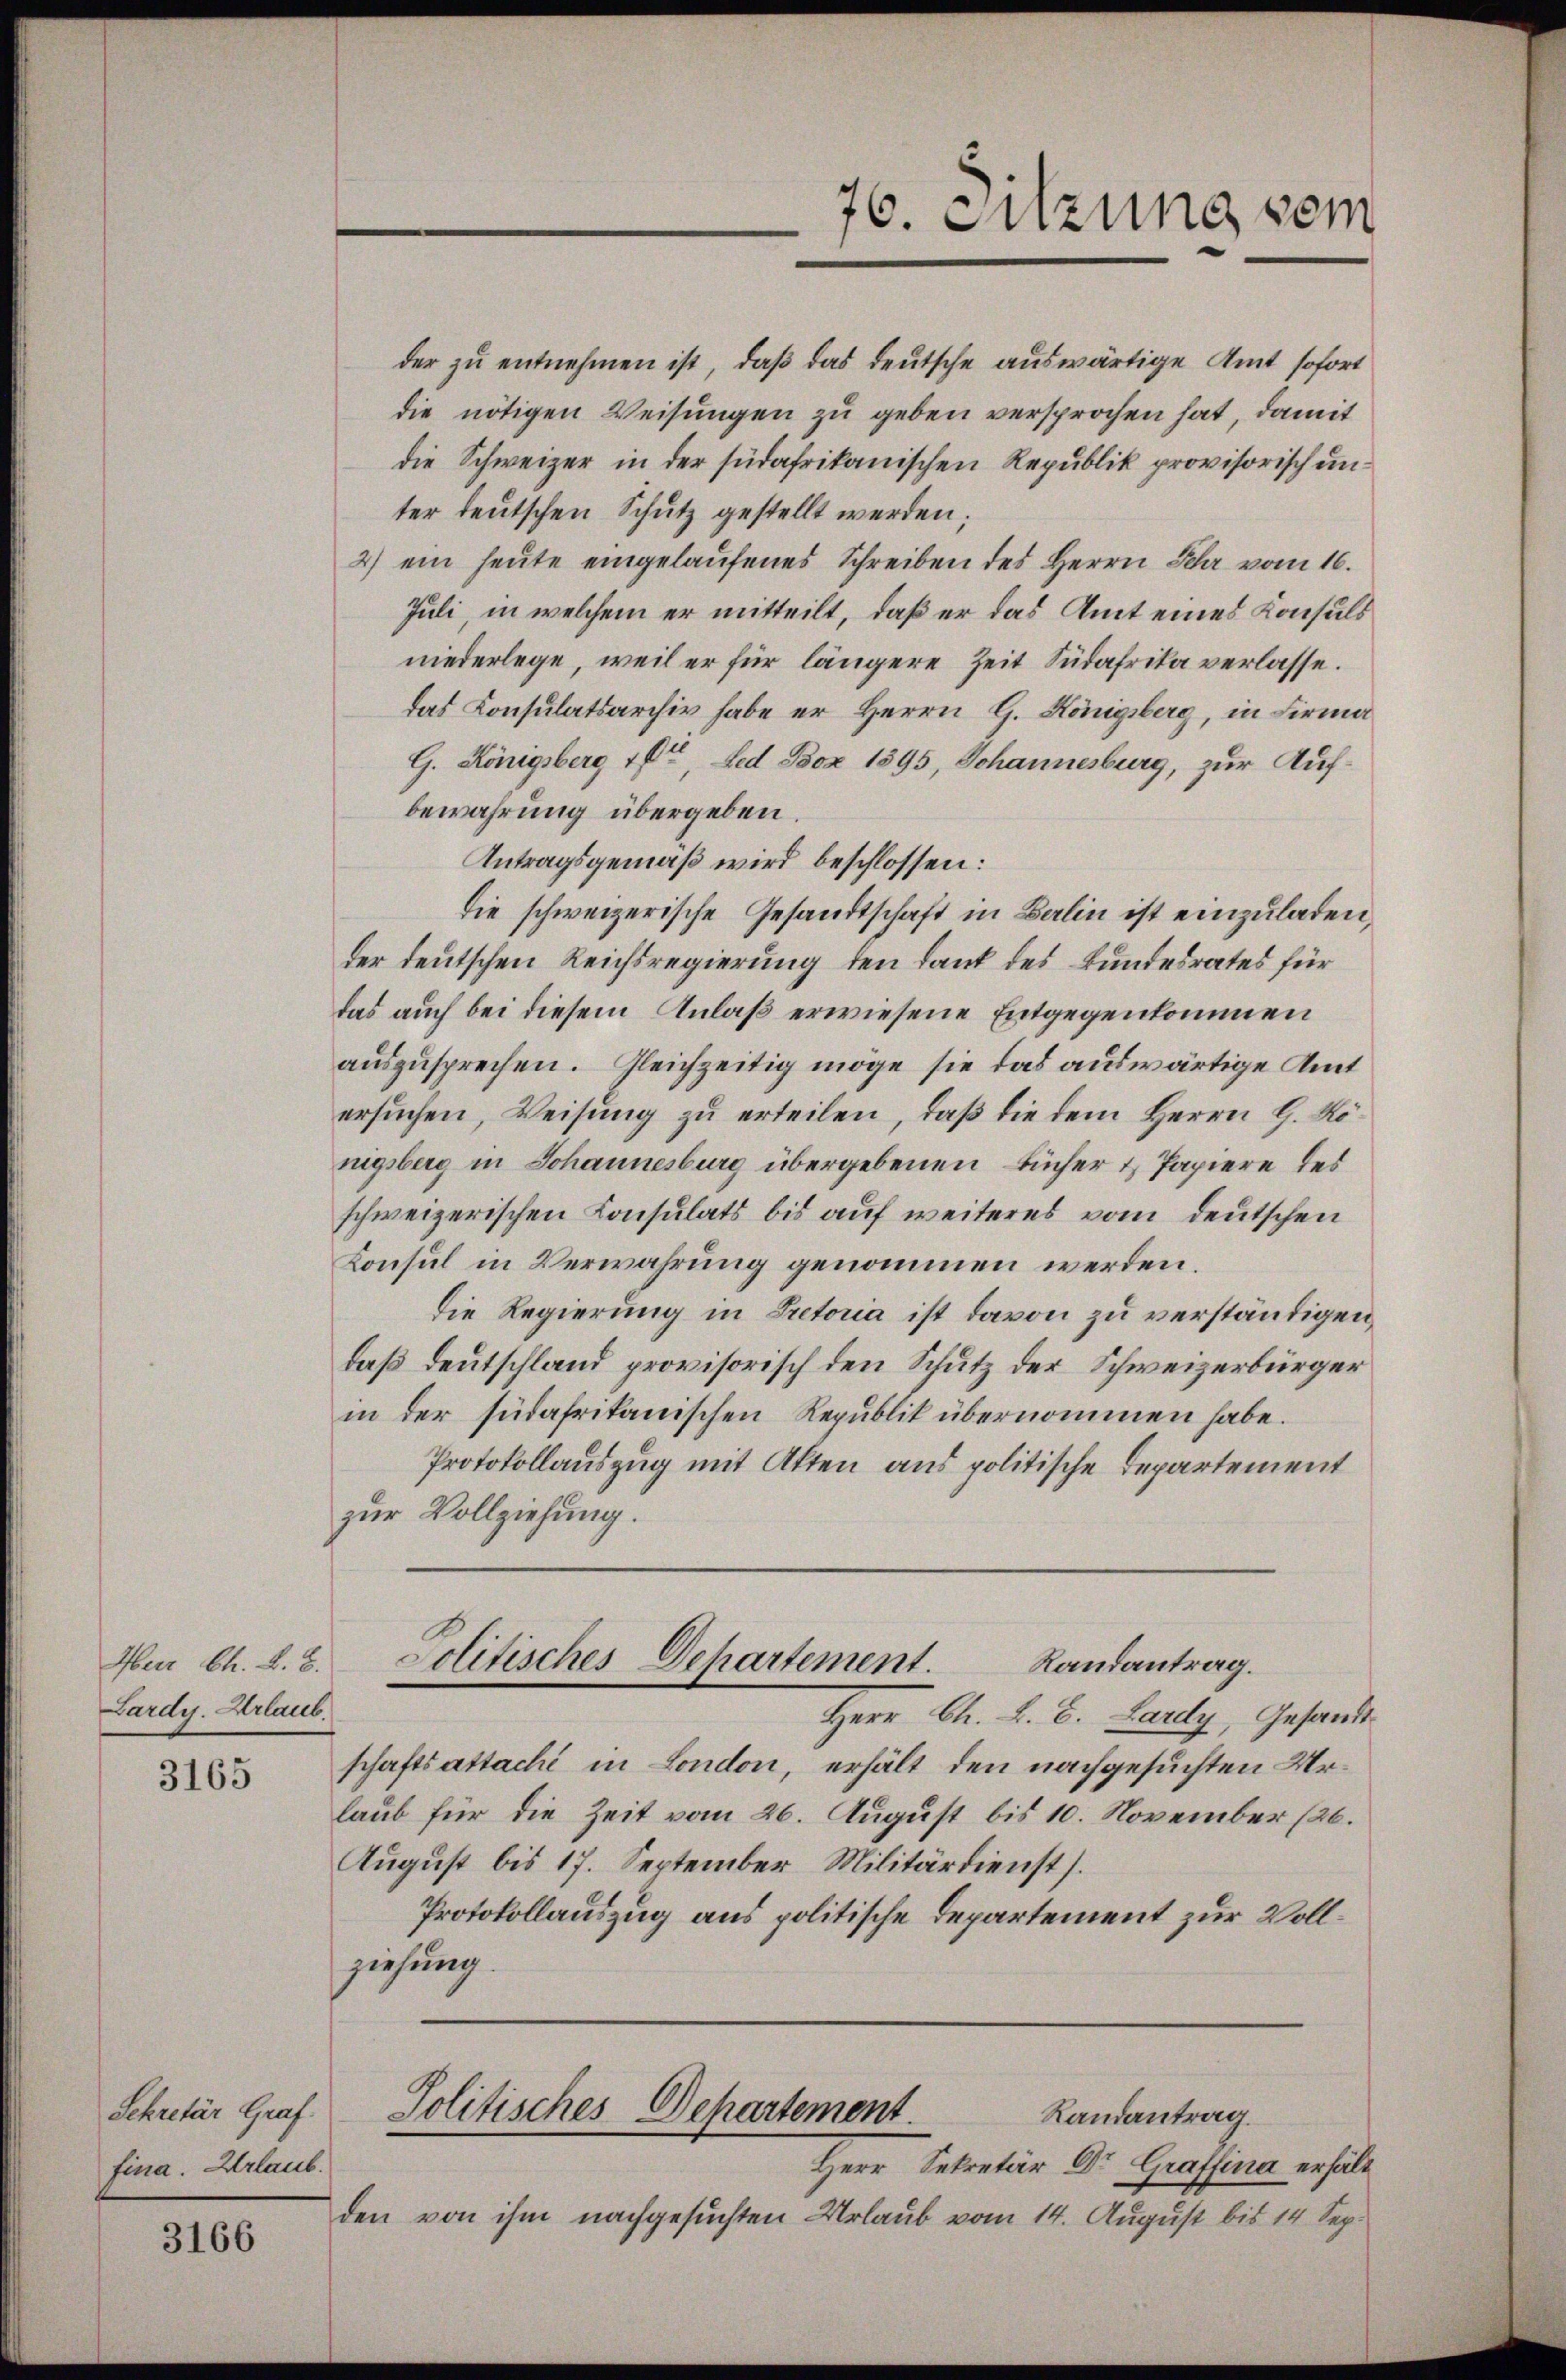
Herr Ch. L. B.
Lardy. Urlaub.

3165

Sekretär Graf.
fina. Urlaub.

3166

der zu entnehmen ist, daß das deutsche auswärtige Amt sofort
die nötigen Weisungen zu geben versprochen hat, damit
die Schweizer in der südafrikanischen Republik provisorisch unter teutschen Schutz gestellt werden;
2) ein heŭte eingelaŭfenes Schreiben des Herrn Sehr vom 16.
Juli, in welchem er mitteilt, daß er das Amt eines Konsuls
niederlege, weil er für längere Zeit Südafrika verlasse.
das Consulatsarchiv habe er Herrn G. Königsberg, in Firma
G. Königsberg 16te, Led Boz 1895, Johannesburg, zur Auf-
bewahrung übergeben.
Antragsgemäß wird beschlossen:
die schweizerische Gesandtschaft in Balin ist einzuladen,
der deutschen Reichsregierung den Dank des Bundesrates für
das auch bei diesem Anlaß erwiesene Entgegenkommen
auszusprechen. Gleichzeitig möge sie das auswärtige Amt
ersuchen, Weisung zu erteilen, daß die dem Herrn G. Königsberg in Johannesburg übergebenen Bücher & Papiere des
schweizerischen Consulats bis auf weiteres vom deutschen
Konsul in Verwahrung genommen werden.
Die Regierung in Pretoria ist davon zu verständigen,
daß Deutschland provisorisch den Schutz der Schweizerbürger
in der südafrikanischen Republik übernommen habe.
Protokollauszug mit Akten aus politische Departement
zur Vollziehung.
Jolitisches Departement. Randantrag.
Herr Ch. L. B. Lardy, Gesandt
schaftsattachi in London, erhält den nachgesuchten Urlaub für die Zeit vom 26. August bis 10. November (26.
August bis 17. September Militärdienst.
Protokollauszug aus politische Departement zur Vollziehung.

76. Sitzung sein

Politisches Departement.
Randantrag.

Herr Sekretär Dr. Graffina erhält
den von ihm nachgesuchten Urlaub vom 14. August bis 14. Sep.